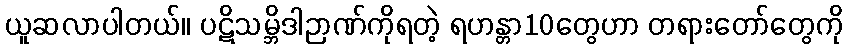
ယူဆလာပါတယ်။ ပဋိသမ္ဘိဒါဉာဏ်ကိုရတဲ့ ရဟန္တာ10တွေဟာ တရားတော်တွေကို